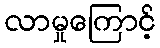
လာမှုကြောင့်